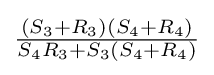
{\tfrac {(S_{3}+R_{3})(S_{4}+R_{4})}{S_{4}R_{3}+S_{3}(S_{4}+R_{4})}}